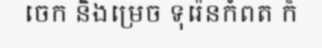
ចេក និងម្រេច ទុរ៉េនកំពត ក៏